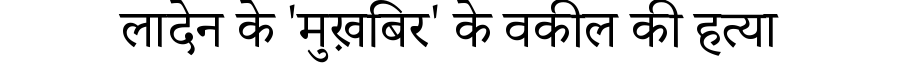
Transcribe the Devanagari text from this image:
लादेन के 'मुख़बिर' के वकील की हत्या